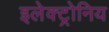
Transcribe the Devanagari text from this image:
इलेक्ट्रोनिय